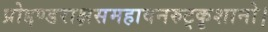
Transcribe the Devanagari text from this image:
प्रोद्दण्डराक्षसमहावनरुट्कृशानो।